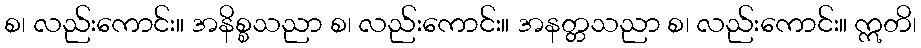
စ၊ လည်းကောင်း။ အနိစ္စသညာ စ၊ လည်းကောင်း။ အနတ္တသညာ စ၊ လည်းကောင်း။ ဣတိ၊